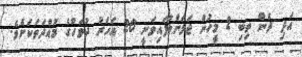
އަދި ދެން ތިބި 2 މީހުން ޖަލަށްލާފައިވަނީ 20 އަހަރު ދުވަހުގެ މުއްދަތަކަށެވެ.